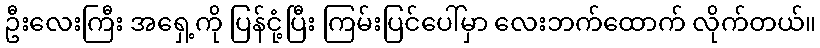
ဦးလေးကြီး အရှေ့ကို ပြန်ငုံ့ပြီး ကြမ်းပြင်ပေါ်မှာ လေးဘက်ထောက် လိုက်တယ်။